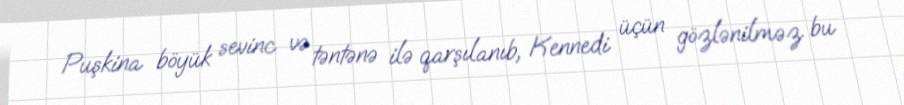
Puşkina böyük sevinc və təntənə ilə qarşılanıb, Kennedi üçün gözlənilməz bu